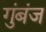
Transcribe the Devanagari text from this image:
गुंबंज